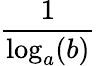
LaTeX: \frac{1}{\log_{a}(b)}